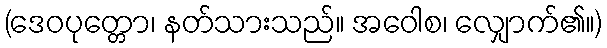
(ဒေဝပုတ္တော၊ နတ်သားသည်။ အဝေါစ၊ လျှောက်၏။)